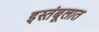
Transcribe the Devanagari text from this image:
इस्तंबूलात